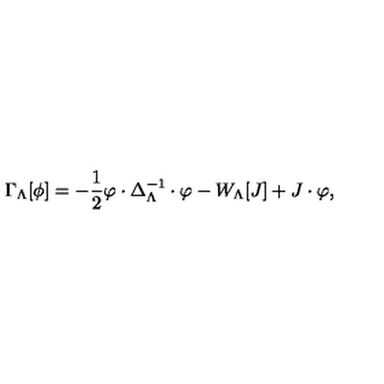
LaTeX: \Gamma _ { \Lambda } [ \phi ] = - \frac { 1 } { 2 } \varphi \cdot \Delta _ { \Lambda } ^ { - 1 } \cdot \varphi - W _ { \Lambda } [ J ] + J \cdot \varphi ,